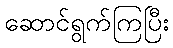
ဆောင်ရွက်ကြပြီး